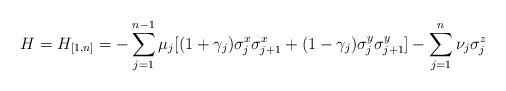
LaTeX: \begin{align*} H = H_{[1,n]} = - \sum_{j=1}^{n-1} \mu_j [ (1+\gamma_j) \sigma_j^x \sigma_{j+1}^x + (1-\gamma_j) \sigma_j^y \sigma_{j+1}^y] - \sum_{j=1}^n \nu_j \sigma_j^z \, \end{align*}